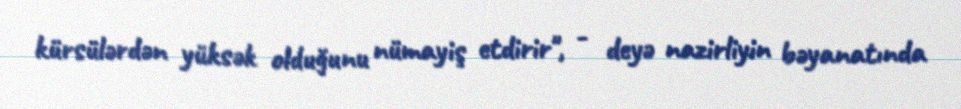
kürsülərdən yüksək olduğunu nümayiş etdirir", - deyə nazirliyin bəyanatında